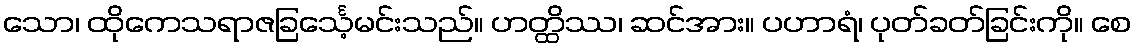
သော၊ ထိုကေသရာဇခြင်္သေ့မင်းသည်။ ဟတ္ထိဿ၊ ဆင်အား။ ပဟာရံ၊ ပုတ်ခတ်ခြင်းကို။ စေ